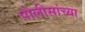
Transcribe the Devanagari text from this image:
पोलीसांच्या